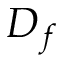
D _ { f }